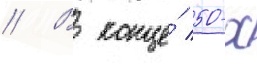
// В конце́ 50-х